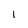
Character: 1